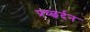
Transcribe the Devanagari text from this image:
प्रच्छर्दन